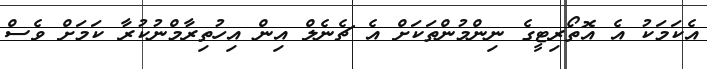
އެކަމަކު އެ އޮތޯރިޓީގެ ނިންމުންތަކަށް އެ ޗެނެލް އިން އިހުތިރާމްނުކުރާ ކަމަށް ވެސް